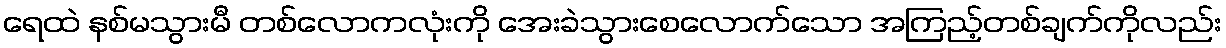
ရေထဲ နစ်မသွားမီ တစ်လောကလုံးကို အေးခဲသွားစေလောက်သော အကြည့်တစ်ချက်ကိုလည်း